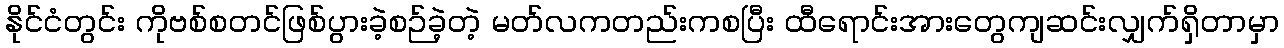
နိုင်ငံတွင်း ကိုဗစ်စတင်ဖြစ်ပွားခဲ့စဉ်ခဲ့တဲ့ မတ်လကတည်းကစပြီး ထီရောင်းအားတွေကျဆင်းလျှက်ရှိတာမှာ